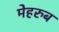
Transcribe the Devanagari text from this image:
मेहरुब